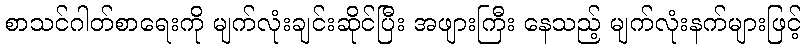
စာသင်ဂါတ်စာရေးကို မျက်လုံးချင်းဆိုင်ပြီး အဖျားကြီး နေသည့် မျက်လုံးနက်များဖြင့်